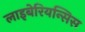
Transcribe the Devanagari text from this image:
लाइबेरियन्सिस